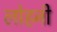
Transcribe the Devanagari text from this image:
लोहनी